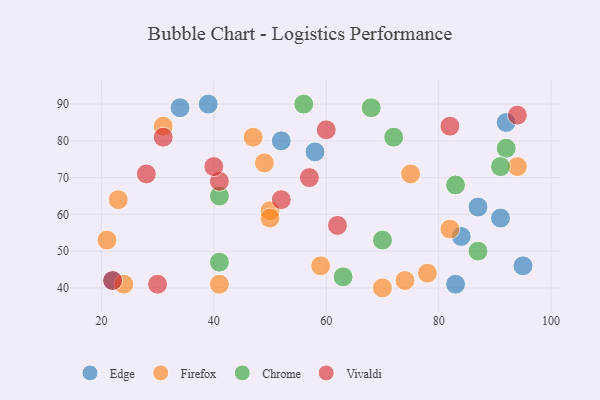
{"axis": {"x": "GDP", "y": "Life Expectancy"}, "legend": ["Chrome", "Edge", "Firefox", "Vivaldi"], "data": [{"x": "87", "y": 62, "type": "Edge"}, {"x": "95", "y": 46, "type": "Edge"}, {"x": "22", "y": 42, "type": "Edge"}, {"x": "34", "y": 89, "type": "Edge"}, {"x": "84", "y": 54, "type": "Edge"}, {"x": "39", "y": 90, "type": "Edge"}, {"x": "92", "y": 85, "type": "Edge"}, {"x": "52", "y": 80, "type": "Edge"}, {"x": "83", "y": 41, "type": "Edge"}, {"x": "91", "y": 59, "type": "Edge"}, {"x": "58", "y": 77, "type": "Edge"}, {"x": "75", "y": 71, "type": "Firefox"}, {"x": "49", "y": 74, "type": "Firefox"}, {"x": "50", "y": 61, "type": "Firefox"}, {"x": "94", "y": 73, "type": "Firefox"}, {"x": "41", "y": 41, "type": "Firefox"}, {"x": "47", "y": 81, "type": "Firefox"}, {"x": "21", "y": 53, "type": "Firefox"}, {"x": "74", "y": 42, "type": "Firefox"}, {"x": "82", "y": 56, "type": "Firefox"}, {"x": "78", "y": 44, "type": "Firefox"}, {"x": "59", "y": 46, "type": "Firefox"}, {"x": "50", "y": 59, "type": "Firefox"}, {"x": "31", "y": 84, "type": "Firefox"}, {"x": "24", "y": 41, "type": "Firefox"}, {"x": "70", "y": 40, "type": "Firefox"}, {"x": "23", "y": 64, "type": "Firefox"}, {"x": "41", "y": 65, "type": "Chrome"}, {"x": "68", "y": 89, "type": "Chrome"}, {"x": "56", "y": 90, "type": "Chrome"}, {"x": "83", "y": 68, "type": "Chrome"}, {"x": "41", "y": 47, "type": "Chrome"}, {"x": "72", "y": 81, "type": "Chrome"}, {"x": "92", "y": 78, "type": "Chrome"}, {"x": "70", "y": 53, "type": "Chrome"}, {"x": "91", "y": 73, "type": "Chrome"}, {"x": "63", "y": 43, "type": "Chrome"}, {"x": "87", "y": 50, "type": "Chrome"}, {"x": "41", "y": 69, "type": "Vivaldi"}, {"x": "40", "y": 73, "type": "Vivaldi"}, {"x": "22", "y": 42, "type": "Vivaldi"}, {"x": "62", "y": 57, "type": "Vivaldi"}, {"x": "60", "y": 83, "type": "Vivaldi"}, {"x": "28", "y": 71, "type": "Vivaldi"}, {"x": "30", "y": 41, "type": "Vivaldi"}, {"x": "52", "y": 64, "type": "Vivaldi"}, {"x": "31", "y": 81, "type": "Vivaldi"}, {"x": "57", "y": 70, "type": "Vivaldi"}, {"x": "82", "y": 84, "type": "Vivaldi"}, {"x": "94", "y": 87, "type": "Vivaldi"}]}